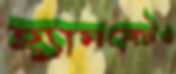
হ্যামলেটও